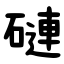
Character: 䃛